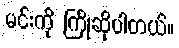
မင်းကို ကြိုဆိုပါတယ်။